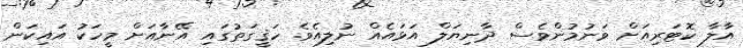
އާލާ ކޮޓަރިއަށް ވަނުމުންވެސް ދާނިޔަލް އަޅައެއް ނުލިއެވެ. ހަޤީގަތުގައި އޭނާއަށް މީހަކު އައިކަން